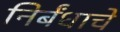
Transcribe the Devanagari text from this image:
निर्बंधाचे